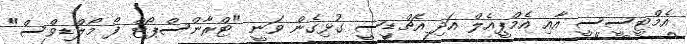
އެމްޓީސީސީ އާއި އެމްޕީއެލް އަދި އެޗްޑީސީ ގުޅިގެން ވަނީ "ޓްރާންސްޕޯޓް ފޯ މޯލްޑިވްސް"